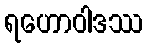
ရဟောဝါဒဿ